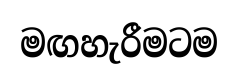
මඟහැරීමටම